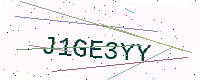
Text: J1GE3YY